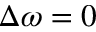
\Delta \omega = 0